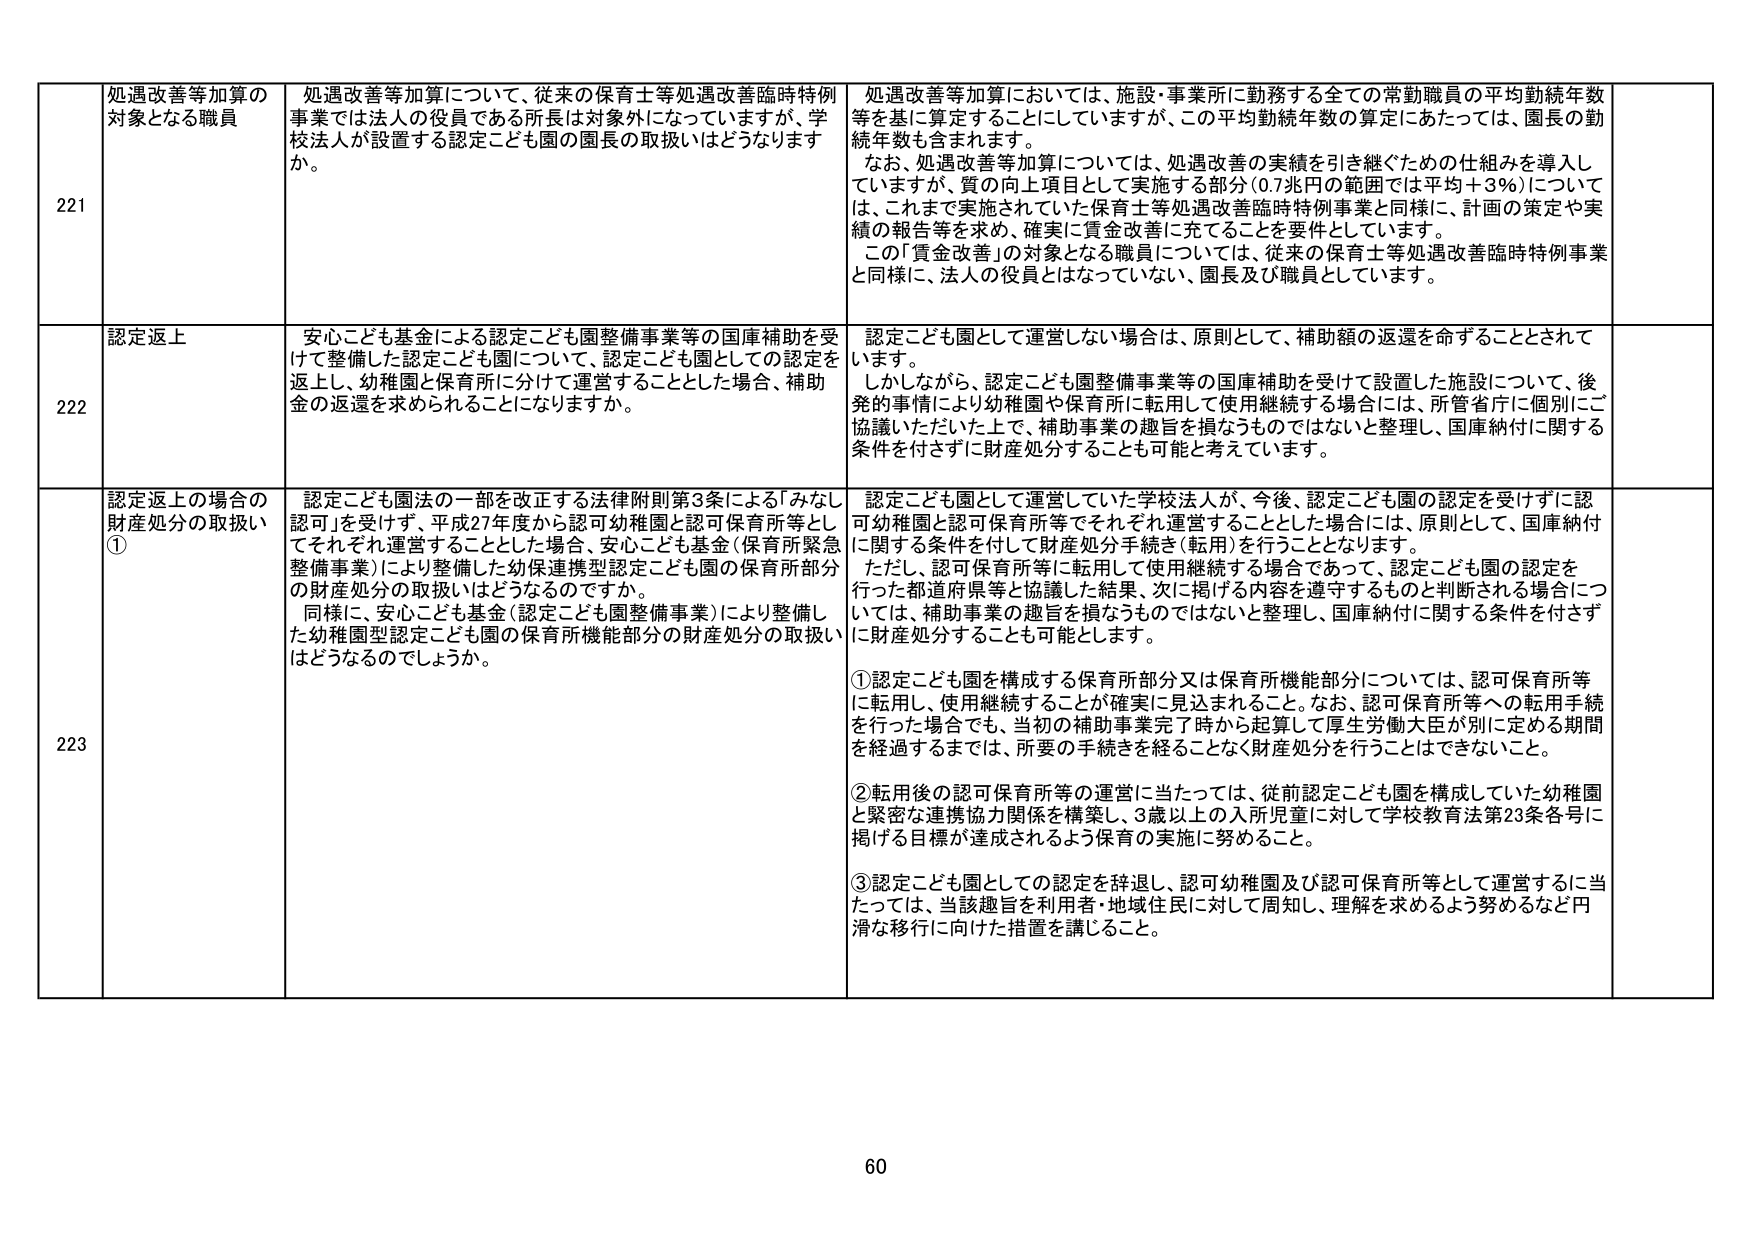
221 処遇改善等加算の対象となる職員
処遇改善等加算について、従来の保育士等処遇改善臨時特例事業では法人の役員である所長は対象外になっていますが、学校法人が設置する認定こども園の園長の取扱いはどうなりますか。
処遇改善等加算においては、施設・事業所に勤務する全ての常勤職員の平均勤続年数等を基に算定することにしていますが、この平均勤続年数の算定にあたっては、園長の勤続年数も含まれます。
なお、処遇改善等加算については、処遇改善の実績を引き継ぐための仕組みを導入していますが、質の向上項目として実施する部分（0.7兆円の範囲では平均＋3％）については、これまで実施されていた保育士等処遇改善臨時特例事業と同様に、計画の策定や実績の報告等を求め、確実に賃金改善に充てることを要件としています。
この「賃金改善」の対象となる職員については、従来の保育士等処遇改善臨時特例事業と同様に、法人の役員とはなっていない、園長及び職員としています。

222 認定返上
安心こども基金による認定こども園整備事業等の国庫補助を受けて整備した認定こども園について、認定こども園としての認定を返上し、幼稚園と保育所に分けて運営することとした場合、補助金の返還を求められることになりますか。
認定こども園として運営しない場合は、原則として、補助額の返還を命ずることとされています。
しかしながら、認定こども園整備事業等の国庫補助を受けて設置した施設について、後発的事情により幼稚園や保育所に転用して使用継続する場合には、所管省庁に個別にご協議いただいた上で、補助事業の趣旨を損なうものではないと整理し、国庫納付に関する条件を付さずに財産処分することも可能と考えています。

223 認定返上の場合の財産処分の取扱い①
認定こども園法の一部を改正する法律附則第3条による「みなし認可」を受けず、平成27年度から認可幼稚園と認可保育所等としてそれぞれ運営することとした場合、安心こども基金（保育所緊急整備事業）により整備した幼保連携型認定こども園の保育所部分の財産処分の取扱いはどうなるのですか。
同様に、安心こども基金（認定こども園整備事業）により整備した幼稚園型認定こども園の保育所機能部分の財産処分の取扱いはどうなるでしょうか。
認定こども園として運営していた学校法人が、今後、認定こども園の認定を受けずに認可幼稚園と認可保育所等でそれぞれ運営することとした場合には、原則として、国庫納付に関する条件を付して財産処分手続き（転用）を行うこととなります。
ただし、認可保育所等に転用して使用継続する場合であって、認定こども園の認定を行った都道府県等と協議した結果、次に掲げる内容を遵守するものと判断される場合については、補助事業の趣旨を損なうものではないと整理し、国庫納付に関する条件を付さずに財産処分することも可能とします。
① 認定こども園を構成する保育所部分又は保育所機能部分については、認可保育所等に転用し、使用継続することが確実に見込まれること。なお、認可保育所等への転用手続を行った場合でも、当初の補助事業完了時から起算して厚生労働大臣が別に定める期間を経過するまでは、所要の手続きを経ることなく財産処分を行うことはできないこと。
② 転用後の認可保育所等の運営に当たっては、従前認定こども園を構成していた幼稚園と緊密な連携協力関係を構築し、3歳以上の入所児童に対して学校教育法第23条各号に掲げる目標が達成されるよう保育の実施に努めること。
③ 認定こども園としての認定を辞退し、認可幼稚園及び認可保育所等として運営するに当たっては、当該趣旨を利用者・地域住民に対して周知、理解を求めるよう努めるなど円滑な移行に向けた措置を講じること。

60